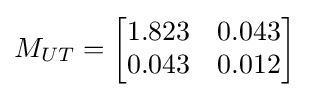
M_{UT}={\begin{bmatrix}1.823&0.043\\0.043&0.012\end{bmatrix}}